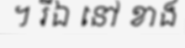
។ រីឯ នៅ ខាង